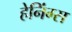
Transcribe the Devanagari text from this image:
हेनिंग्स